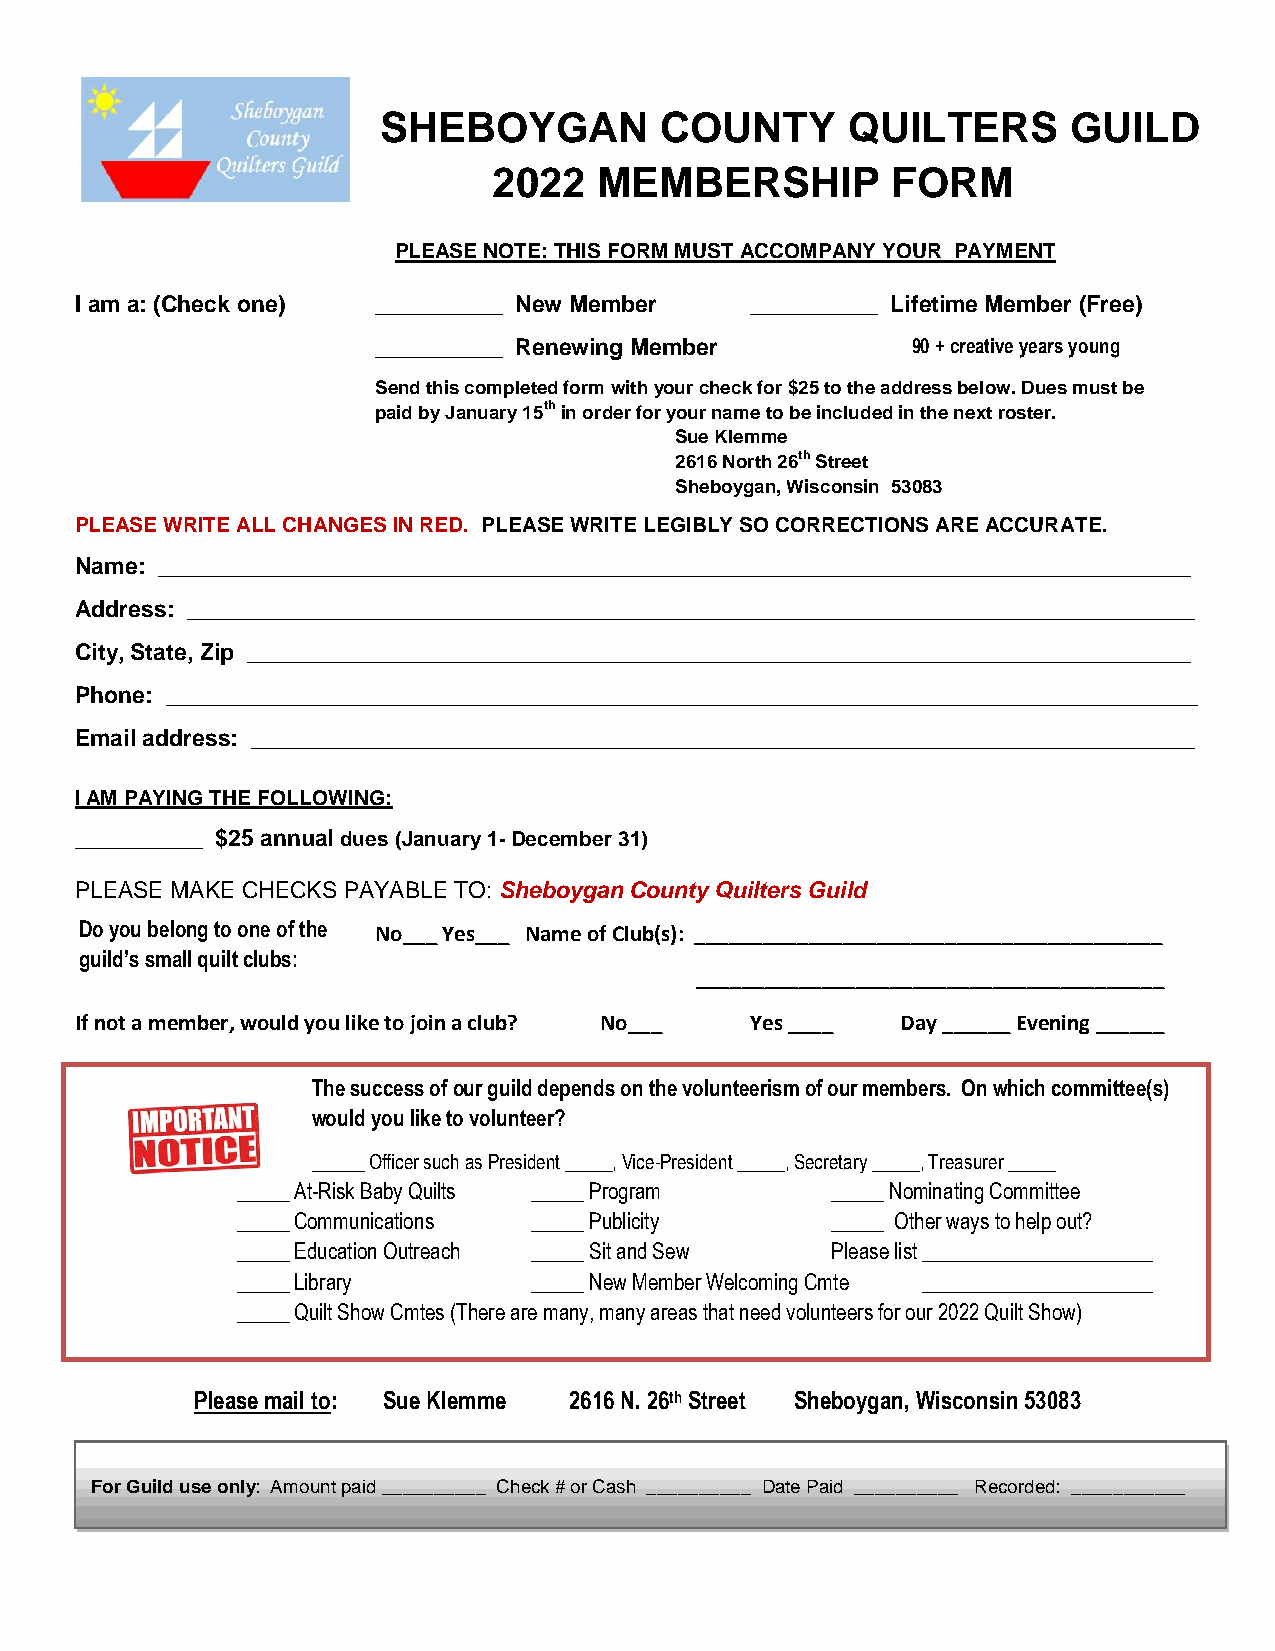
SHEBOYGAN          COUNTY      QUILTERS       GUILD
 2022   MEMBERSHIP         FORM
 PLEASE NOTE: THIS FORM MUST ACCOMPANY YOUR PAYMENT
 I am a: (Check one) __________ New Member    __________ Lifetime Member (Free)
 __________ Renewing Member         90 + creative years young
 Send this completed form with your check for $25 to the address below. Dues must be
 paid by January 15th in order for your name to be included in the next roster.
 Sue Klemme
 2616 North 26th Street
 Sheboygan, Wisconsin 53083
 PLEASE WRITE ALL CHANGES IN RED. PLEASE WRITE LEGIBLY SO CORRECTIONS ARE ACCURATE.
 Name: _________________________________________________________________________________
 Address: _______________________________________________________________________________
 City, State, Zip __________________________________________________________________________
 Phone: _________________________________________________________________________________
 Email address: __________________________________________________________________________
 I AM PAYING THE FOLLOWING:
 __________ $25 annual dues (January 1- December 31)
 PLEASE MAKE CHECKS PAYABLE TO: Sheboygan County Quilters Guild
 Do you b elong to one of t he No___ Yes___ Name of Club(s): _________________________________________
 guild’s small quilt clubs:
 _________________________________________
 If not a member, would you like to join a club? No___ Yes ____ Day ______ Evening ______
 The success of our guild depends on the volunteerism of our members. On which committee(s)
 would you like to volunteer?
 _____ Officer such as President _____, Vice-President _____, Secretary _____, Treasurer _____
 _____ At-Risk Baby Quilts _____ Program _____ Nominating Committee
 _____ Communications _____ Publicity   _____ Other ways to help out?
 _____ Education Outreach _____ Sit and Sew Please list ______________________
 _____ Library      _____ New Member Welcoming Cmte ______________________
 _____ Quilt Show Cmtes (There are many, many areas that need volunteers for our 2022 Quilt Show)
 Please mail to: Sue Klemme 2616 N. 26th Street Sheboygan, Wisconsin 53083
 For Guild use only: Amount paid __________ Check # or Cash __________ Date Paid __________ Recorded: ___________